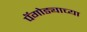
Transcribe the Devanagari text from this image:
पॅगोड्याच्या